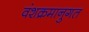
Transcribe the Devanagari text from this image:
वंशक्रमानुगत